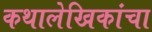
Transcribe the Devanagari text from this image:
कथालेखिकांचा